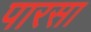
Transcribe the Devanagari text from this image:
पारसा